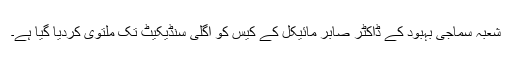
شعبہ سماجی بہبود کے ڈاکٹر صابر مائیکل کے کیس کو اگلی سنڈیکیٹ تک ملتوی کردیا گیا ہے۔